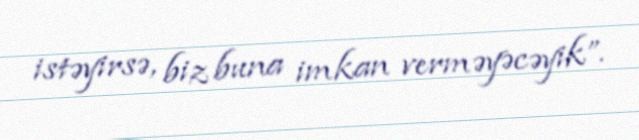
istəyirsə, biz buna imkan verməyəcəyik”.